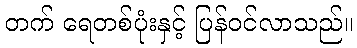
တက် ရေတစ်ပုံးနှင့် ပြန်ဝင်လာသည်။